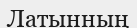
Латынның